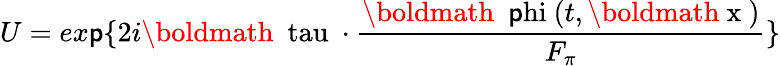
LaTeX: U=ex\mathsf{p}{\{ 2i\mathrm{{\boldmath~{\ tau}~}}\cdot\frac{{\mathrm{{\boldmath~\ \mathsf{p}hi~}}(t,\mathrm{{\boldmath~x~}})}}{{F_{\pi}}}\} }